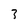
Character: 3